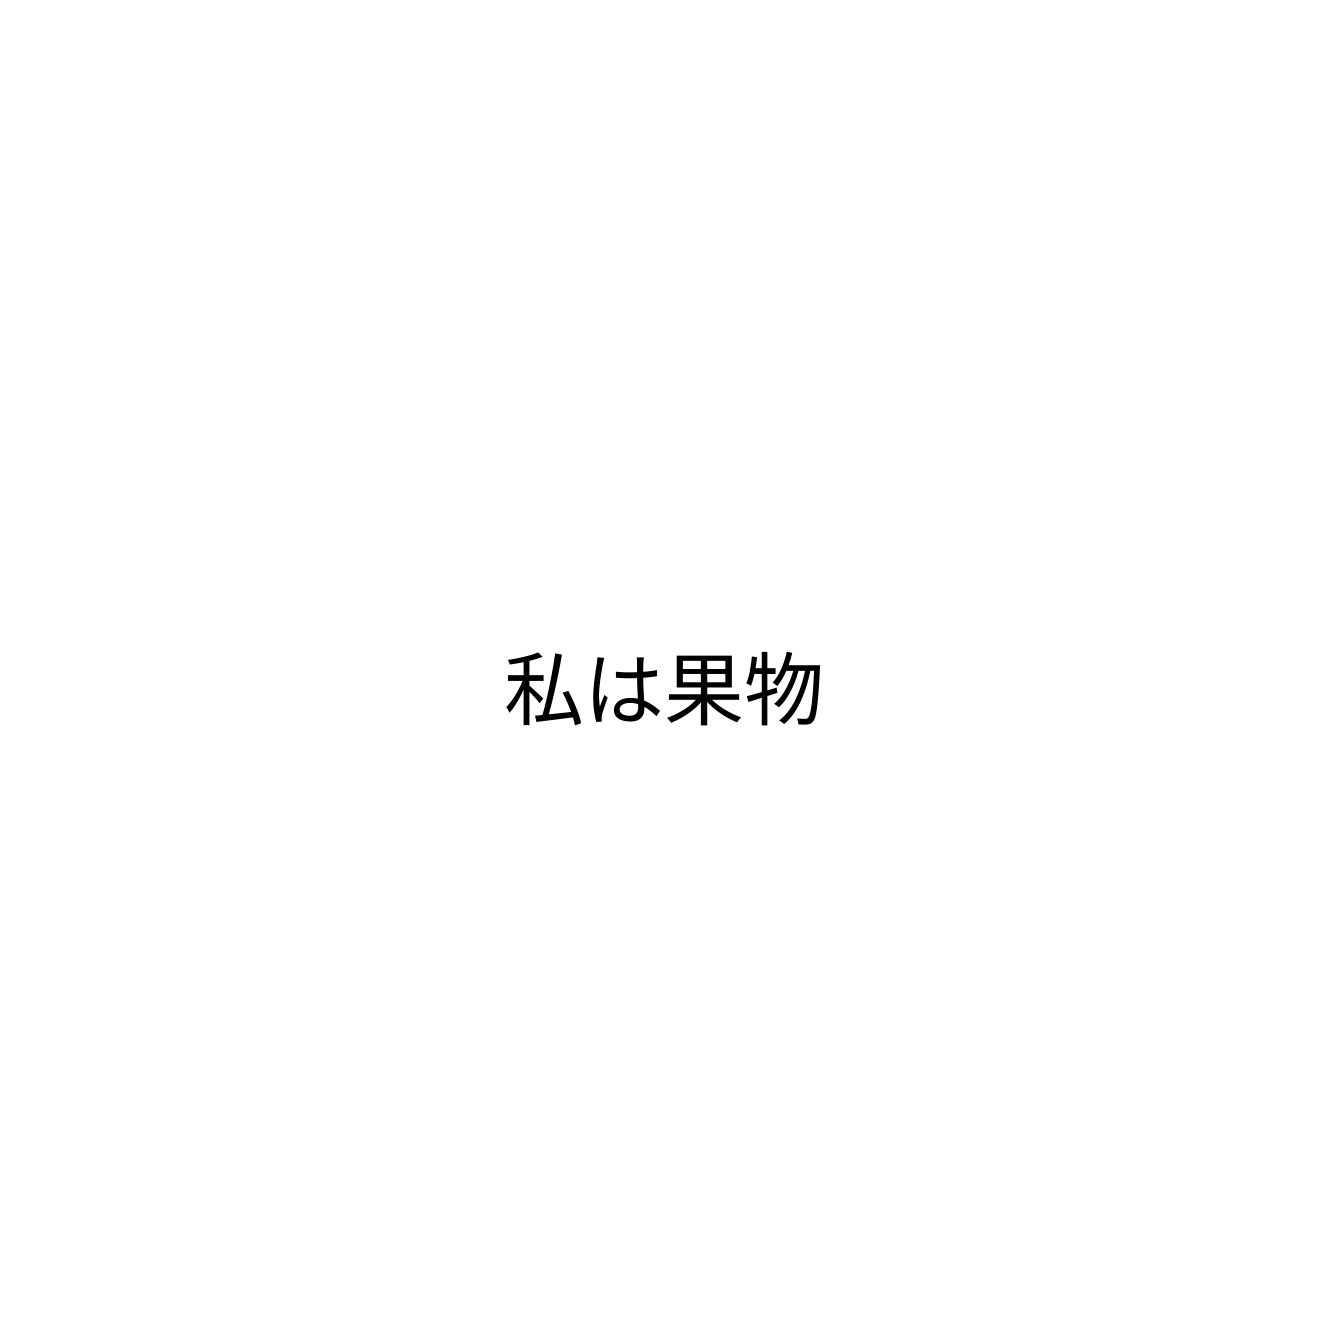
私は果物